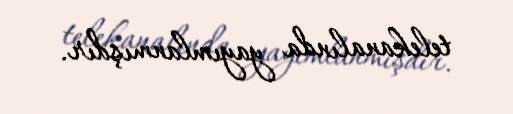
telekanalında yayımlanmışdır.